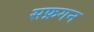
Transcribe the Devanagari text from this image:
सफ्रगन